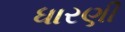
ધારણી